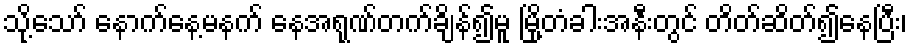
သို့သော် နောက်နေ့မနက် နေအရုဏ်တက်ချိန်၍မူ မြို့တံခါးအနီးတွင် တိတ်ဆိတ်၍နေပြီး၊